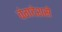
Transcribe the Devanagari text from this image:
वंगदेशसे